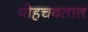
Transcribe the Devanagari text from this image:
पोहचवतात